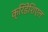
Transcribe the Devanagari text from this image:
क्रिडेंशिएल